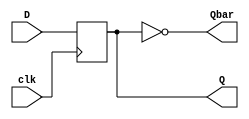
module d_ff(D,clk,Q,Qbar);
input D; // Data input 
input clk; // clock input 
output reg Q;
output Qbar; 
always @(posedge clk) 
begin
 Q <= D; 
end 
assign Qbar=~Q;
endmodule